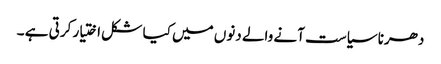
دھرنا سیاست آنے والے دنوں میں کیا شکل اختیار کرتی ہے ۔